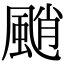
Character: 颵